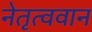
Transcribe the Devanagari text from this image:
नेतृत्ववान